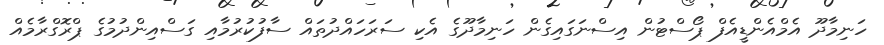
ހަނިމާދޫ އެމްއެންޑީއެފް ޕޯސްޓުން އިސްނަގައިގެން ހަނިމާދޫގެ އެކި ސަރަހައްދުތައް ސާފުކުރުމާއި ގަސްއިންދުމުގެ ޕްރޮގްރާމެއް